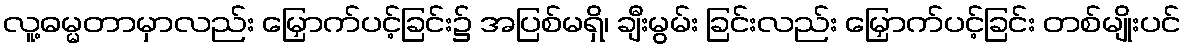
လူ့ဓမ္မတာမှာလည်း မြှောက်ပင့်ခြင်း၌ အပြစ်မရှိ၊ ချီးမွမ်း ခြင်းလည်း မြှောက်ပင့်ခြင်း တစ်မျိုးပင်